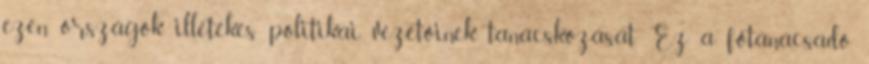
ezen országok illetékes politikai vezetőinek tanácskozását. Ez a főtanácsadó